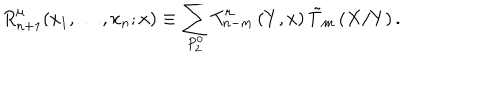
R _ { n + 1 } ^ { \mu } ( x _ { 1 } , \ldots , x _ { n } ; x ) \equiv \sum _ { P _ { 2 } ^ { 0 } } T _ { n - m } ^ { \mu } \left( Y , x \right) \tilde { T } _ { m } \left( X / Y \right) .